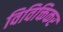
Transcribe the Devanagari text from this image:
विविक्तिकर